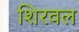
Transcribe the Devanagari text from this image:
शिरवल